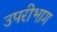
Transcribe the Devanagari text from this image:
उपरीभाग